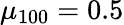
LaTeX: \mu_{100}=0.5